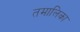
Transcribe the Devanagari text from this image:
तमालिका